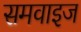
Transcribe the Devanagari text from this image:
समवाइज